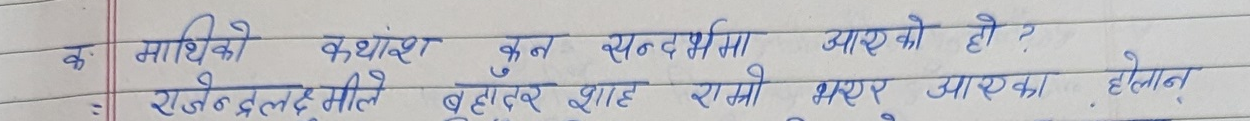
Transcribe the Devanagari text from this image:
माथिको कथांश कन सन्दर्भमा आएको हो ?
राजेन्द्रलक्ष्मीले बहाँदर शाह राम्रो भएर आएका होलान्